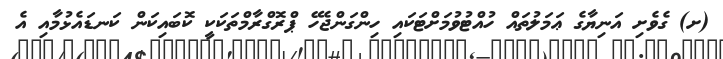
(ށ) ގެވެށި އަނިޔާގެ ޢަމަލުތައް ހުއްޓުވުމަށްޓަކައި ހިންގަންޖެހޭ ޕްރޮގްރާމްތަކަކީ ކޮބައިކަން ކަނޑައެޅުމާއި އެ